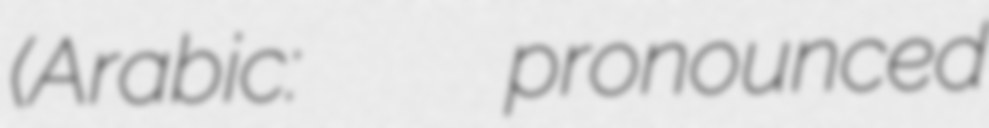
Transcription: (Arabic: شبين الكوم pronounced